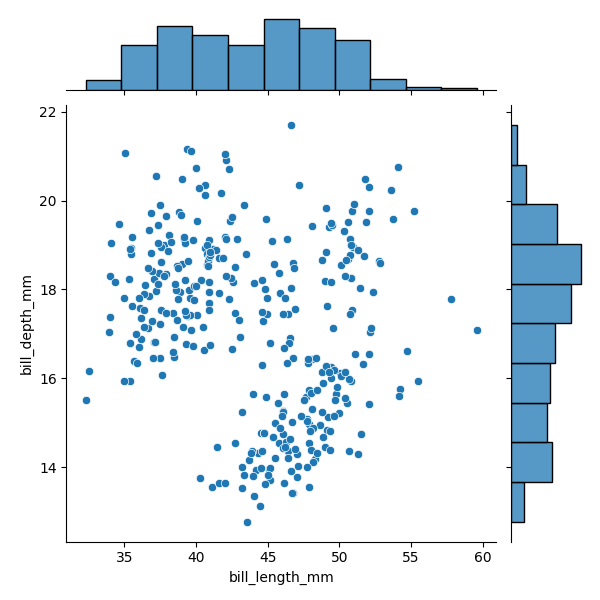
python, seaborn, JointGrid, scatterplot, histplot